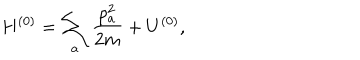
H ^ { ( 0 ) } = \sum _ { a } \frac { p _ { a } ^ { 2 } } { 2 m } + U ^ { ( 0 ) } ,